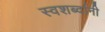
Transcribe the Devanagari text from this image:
स्वशब्दांनी